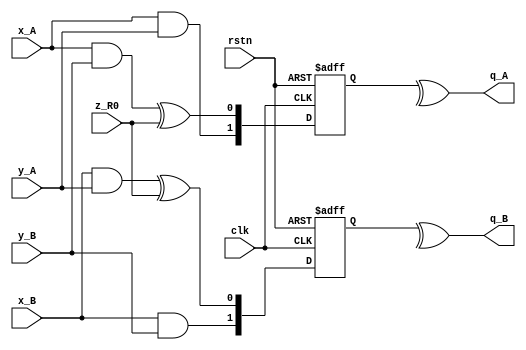
module SecAND_indep (
    input clk,
    input rstn,
    input x_A,
    input x_B,
    input y_A,
    input y_B,
    input z_R0,
    output q_A,
    output q_B
);
/*
    This Module is implemented as described in DOM_indep multiplier with 2-stage pipeline style
*/
//calculation layer
    wire [1:0] Product_A;
    wire [1:0] Product_B;
    assign Product_A={x_A & y_A, (x_A & y_B) ^ z_R0};
    assign Product_B={x_B & y_B, (x_B & y_A) ^ z_R0};
//resharing layer
    reg [1:0] Product_A_q1;
    reg [1:0] Product_B_q1;
    always @(posedge clk or negedge rstn) begin
        if(!rstn) begin
            Product_A_q1 <= 2'b00;
            Product_B_q1 <= 2'b00;
        end
        else begin
            Product_A_q1 <= Product_A;
            Product_B_q1 <= Product_B;
        end
    end
//integration layer
    assign q_A = ^Product_A_q1;
    assign q_B = ^Product_B_q1;
endmodule